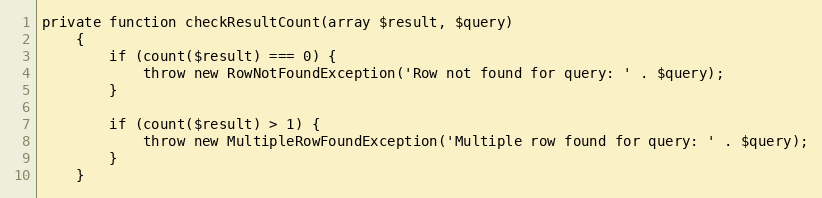
Language: PHP
private function checkResultCount(array $result, $query)
    {
        if (count($result) === 0) {
            throw new RowNotFoundException('Row not found for query: ' . $query);
        }

        if (count($result) > 1) {
            throw new MultipleRowFoundException('Multiple row found for query: ' . $query);
        }
    }